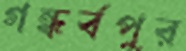
গন্ধর্বপুর